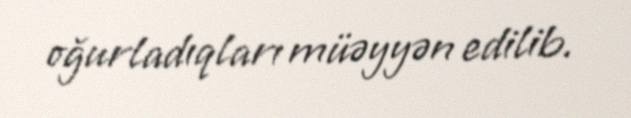
oğurladıqları müəyyən edilib.